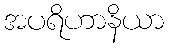
အပရိဟာနိယာ